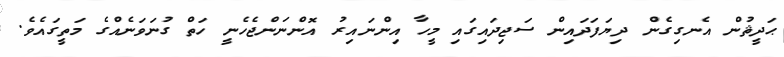
ޙަދީޘުން އެނގިގެން ދިޔަފަދައިން ސަޖިދައިގައި މީހާ އިންނައިރު އޮންނަންޖެހެނީ ހަތް ގުނަވަނެއްގެ މަތީގައެވެ.